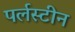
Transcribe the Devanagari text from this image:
पर्लस्टीन